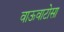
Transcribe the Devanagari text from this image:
वाऊवाटोसा